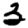
Digit: 3